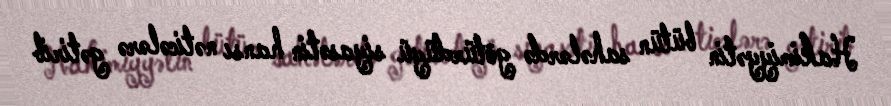
Hakimiyyətin bütün sahələrdə götürdüyü siyasətin hansı nəticələrə gətirib